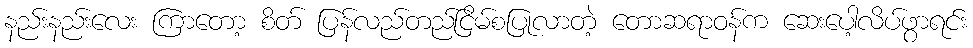
နည်းနည်းလေး ကြာတော့ စိတ် ပြန်လည်တည်ငြိမ်စပြုလာတဲ့ တောဆရာဝန်က ဆေးပေါ့လိပ်ဖွာရင်း